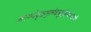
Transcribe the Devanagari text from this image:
अरण्येवृक्षमूलेवाशुद्धेसंस्थापयत्यपि